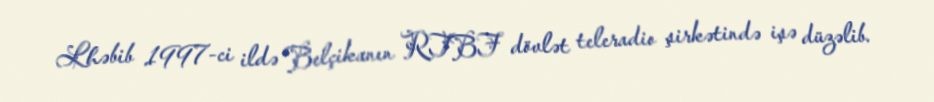
Lhəbib 1997-ci ildə Belçikanın RTBF dövlət teleradio şirkətində işə düzəlib.